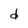
Character: d